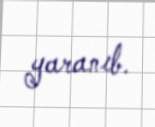
yaranıb.